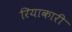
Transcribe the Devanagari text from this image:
रियाकारी